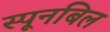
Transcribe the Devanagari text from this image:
स्पूनबिल